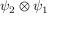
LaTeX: \psi _ { 2 } \otimes \psi _ { 1 }